38_143685_box7_Incident_Summaries_1-100
Agency: Department of War
Page 168
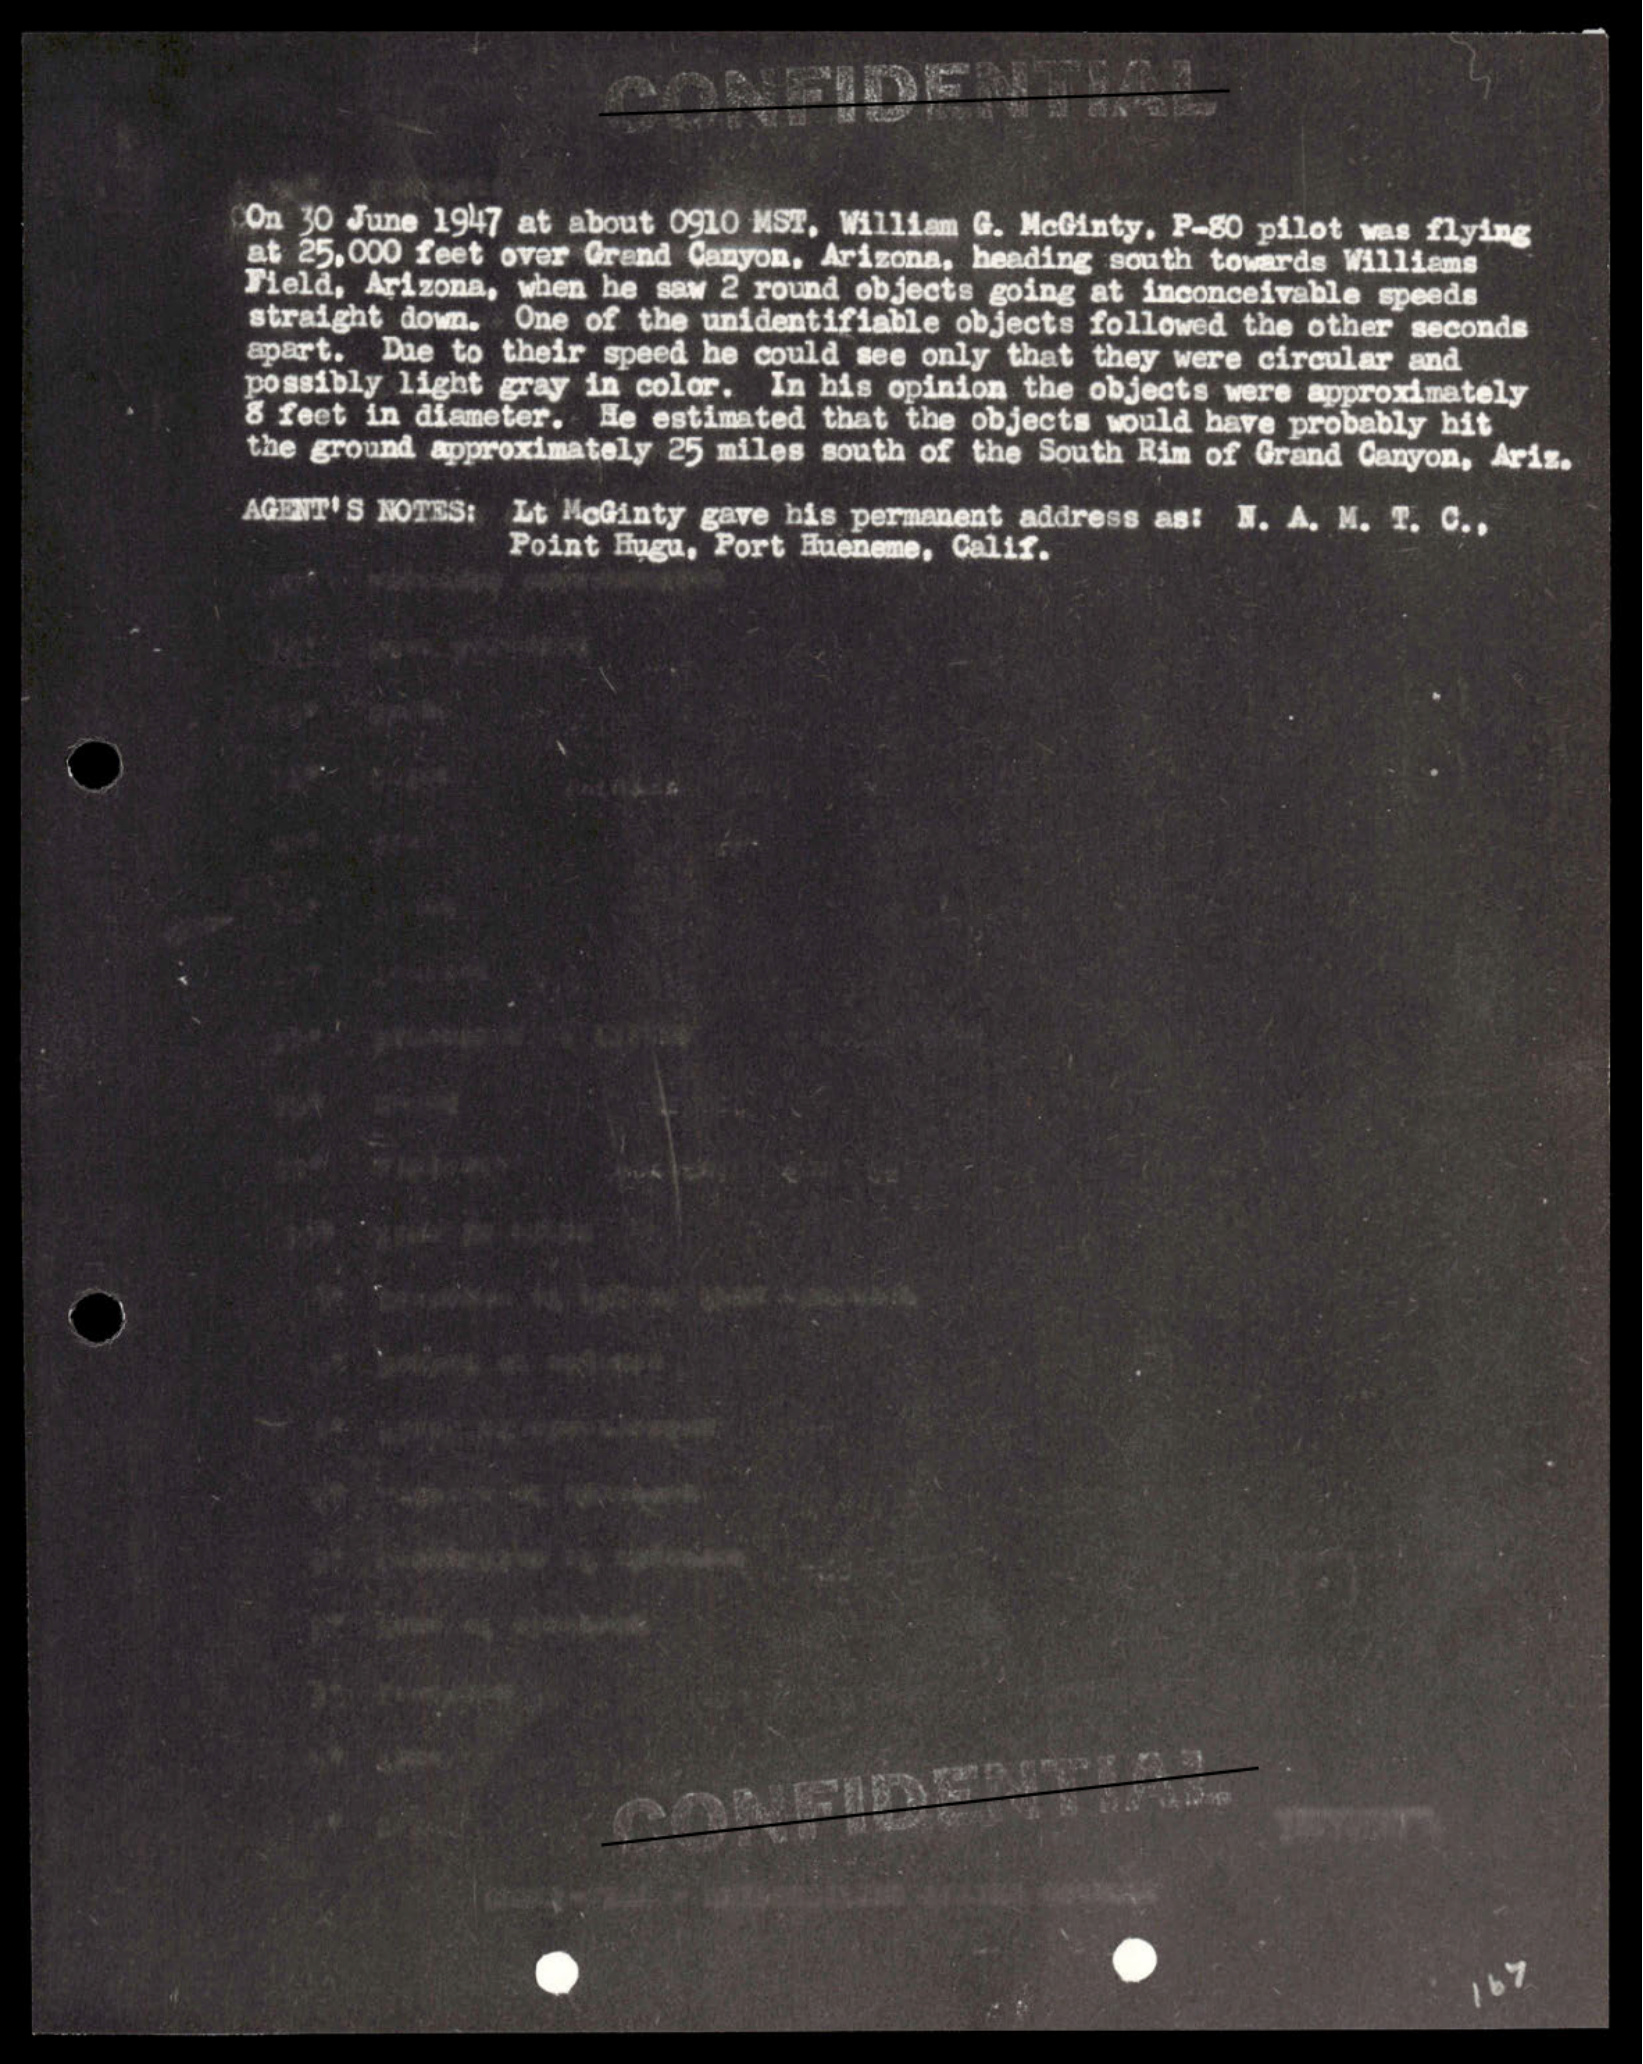